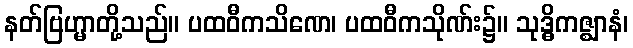
နတ်ဗြဟ္မာတို့သည်။ ပထဝီကသိဏေ၊ ပထဝီကသိုဏ်း၌။ သုဒ္ဓိကဇ္ဈာနံ၊